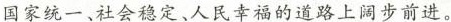
国家统一、社会稳定、人民幸福的道路上阔步前进。